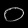
Digit: ၀